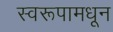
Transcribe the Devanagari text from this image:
स्वरूपामधून